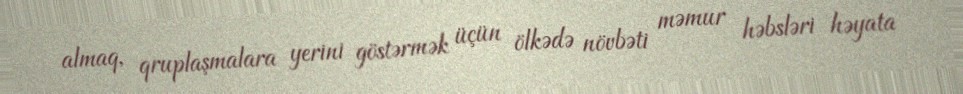
almaq, qruplaşmalara yerini göstərmək üçün ölkədə növbəti məmur həbsləri həyata